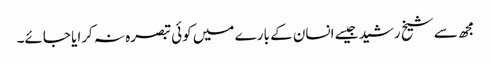
مجھ سے شیخ رشید جیسے انسان کے بارے میں کوئی تبصرہ نہ کرایا جائے۔